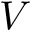
V